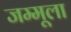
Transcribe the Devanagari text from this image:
जम्मूला